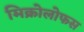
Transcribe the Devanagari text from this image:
मिक्रोलोफस